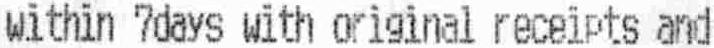
WITHIN 7DAYS WITH ORIGINAL RECEIPTS AND